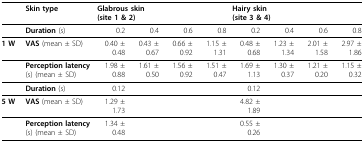
<table><thead><tr><td></td><td><b>Skin type</b></td><td colspan="2"><b>Glabrous skin (site 1 &amp; 2)</b></td><td></td><td></td><td colspan="2"><b>Hairy skin (site 3 &amp; 4)</b></td><td></td><td></td></tr></thead><tbody><tr><td></td><td><b>Duration </b>(s)</td><td>0.2</td><td>0.4</td><td>0.6</td><td>0.8</td><td>0.2</td><td>0.4</td><td>0.6</td><td>0.8</td></tr><tr><td><b>1 W</b></td><td><b>VAS </b>(mean ± SD)</td><td>0.40 ± 0.48</td><td>0.43 ± 0.67</td><td>0.66 ± 0.92</td><td>1.15 ± 1.31</td><td>0.48 ± 0.68</td><td>1.23 ± 1.34</td><td>2.01 ± 1.58</td><td>2.97 ± 1.86</td></tr><tr><td></td><td><b>Perception latency </b>(s) (mean ± SD)</td><td>1.98 ± 0.88</td><td>1.61 ± 0.50</td><td>1.56 ± 0.92</td><td>1.51 ± 0.47</td><td>1.69 ± 1.13</td><td>1.30 ± 0.37</td><td>1.21 ± 0.20</td><td>1.15 ± 0.32</td></tr><tr><td></td><td><b>Duration </b>(s)</td><td>0.12</td><td></td><td></td><td></td><td>0.12</td><td></td><td></td><td></td></tr><tr><td><b>5 W</b></td><td><b>VAS </b>(mean ± SD)</td><td>1.29 ± 1.73</td><td></td><td></td><td></td><td>4.82 ± 1.89</td><td></td><td></td><td></td></tr><tr><td></td><td><b>Perception latency </b>(s) (mean ± SD)</td><td>1.34 ± 0.48</td><td></td><td></td><td></td><td>0.55 ± 0.26</td><td></td><td></td><td></td></tr></tbody></table>